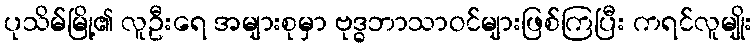
ပုသိမ်မြို့၏ လူဦးရေ အများစုမှာ ဗုဒ္ဓဘာသာဝင်များဖြစ်ကြပြီး ကရင်လူမျိုး